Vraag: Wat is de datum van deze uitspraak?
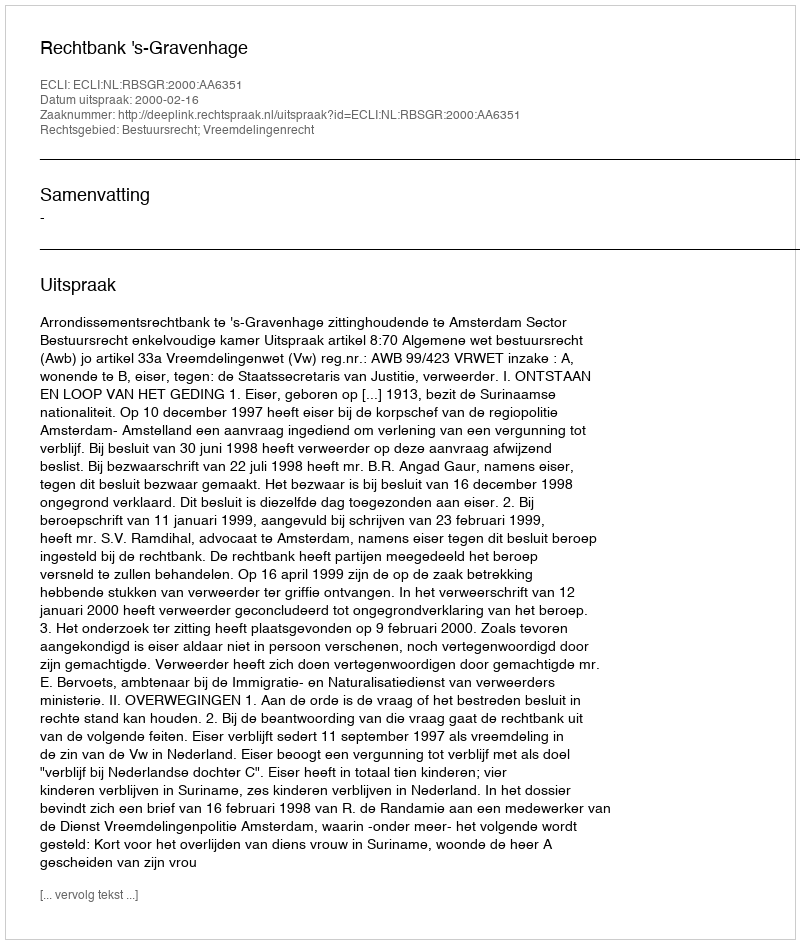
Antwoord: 2000-02-16